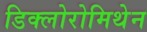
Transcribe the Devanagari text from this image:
डिक्लोरोमिथेन